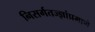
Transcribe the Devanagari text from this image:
निसर्गतज्ज्ञांप्रमाणे